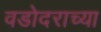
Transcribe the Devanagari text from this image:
वडोदराच्या